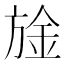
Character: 𮲙